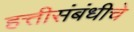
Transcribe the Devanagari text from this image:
हत्तीसंबंधीचे